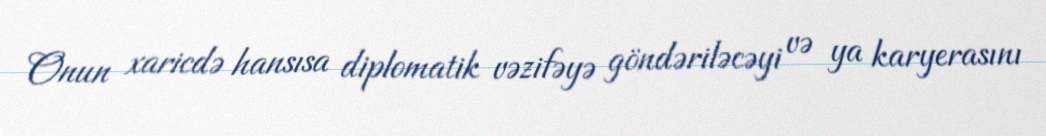
Onun xaricdə hansısa diplomatik vəzifəyə göndəriləcəyi və ya karyerasını